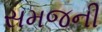
સમજની